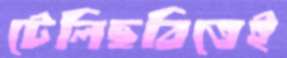
টেলিছবিতেই